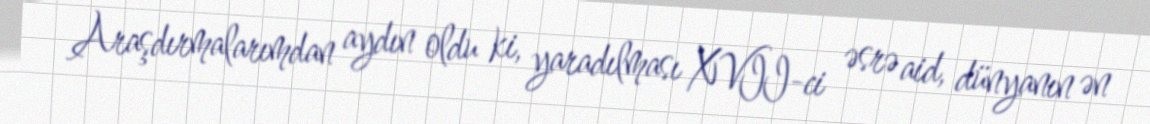
Araşdırmalarımdan aydın oldu ki, yaradılması XVII-ci əsrə aid, dünyanın ən